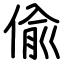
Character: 偸